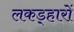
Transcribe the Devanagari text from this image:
लकड़्हारों